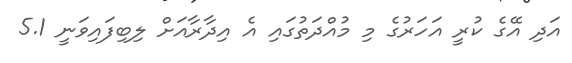
އަދި އޭގެ ކުރީ އަހަރުގެ މި މުއްދަތުގައި އެ އިދާރާއަށް ލިބިފައިވަނީ 5.1